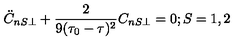
\ddot { C } _ { n S \perp } + \frac { 2 } { 9 ( \tau _ { 0 } - \tau ) ^ { 2 } } C _ { n S \perp } = 0 ; S = 1 , 2